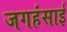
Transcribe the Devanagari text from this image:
जगहंसाई